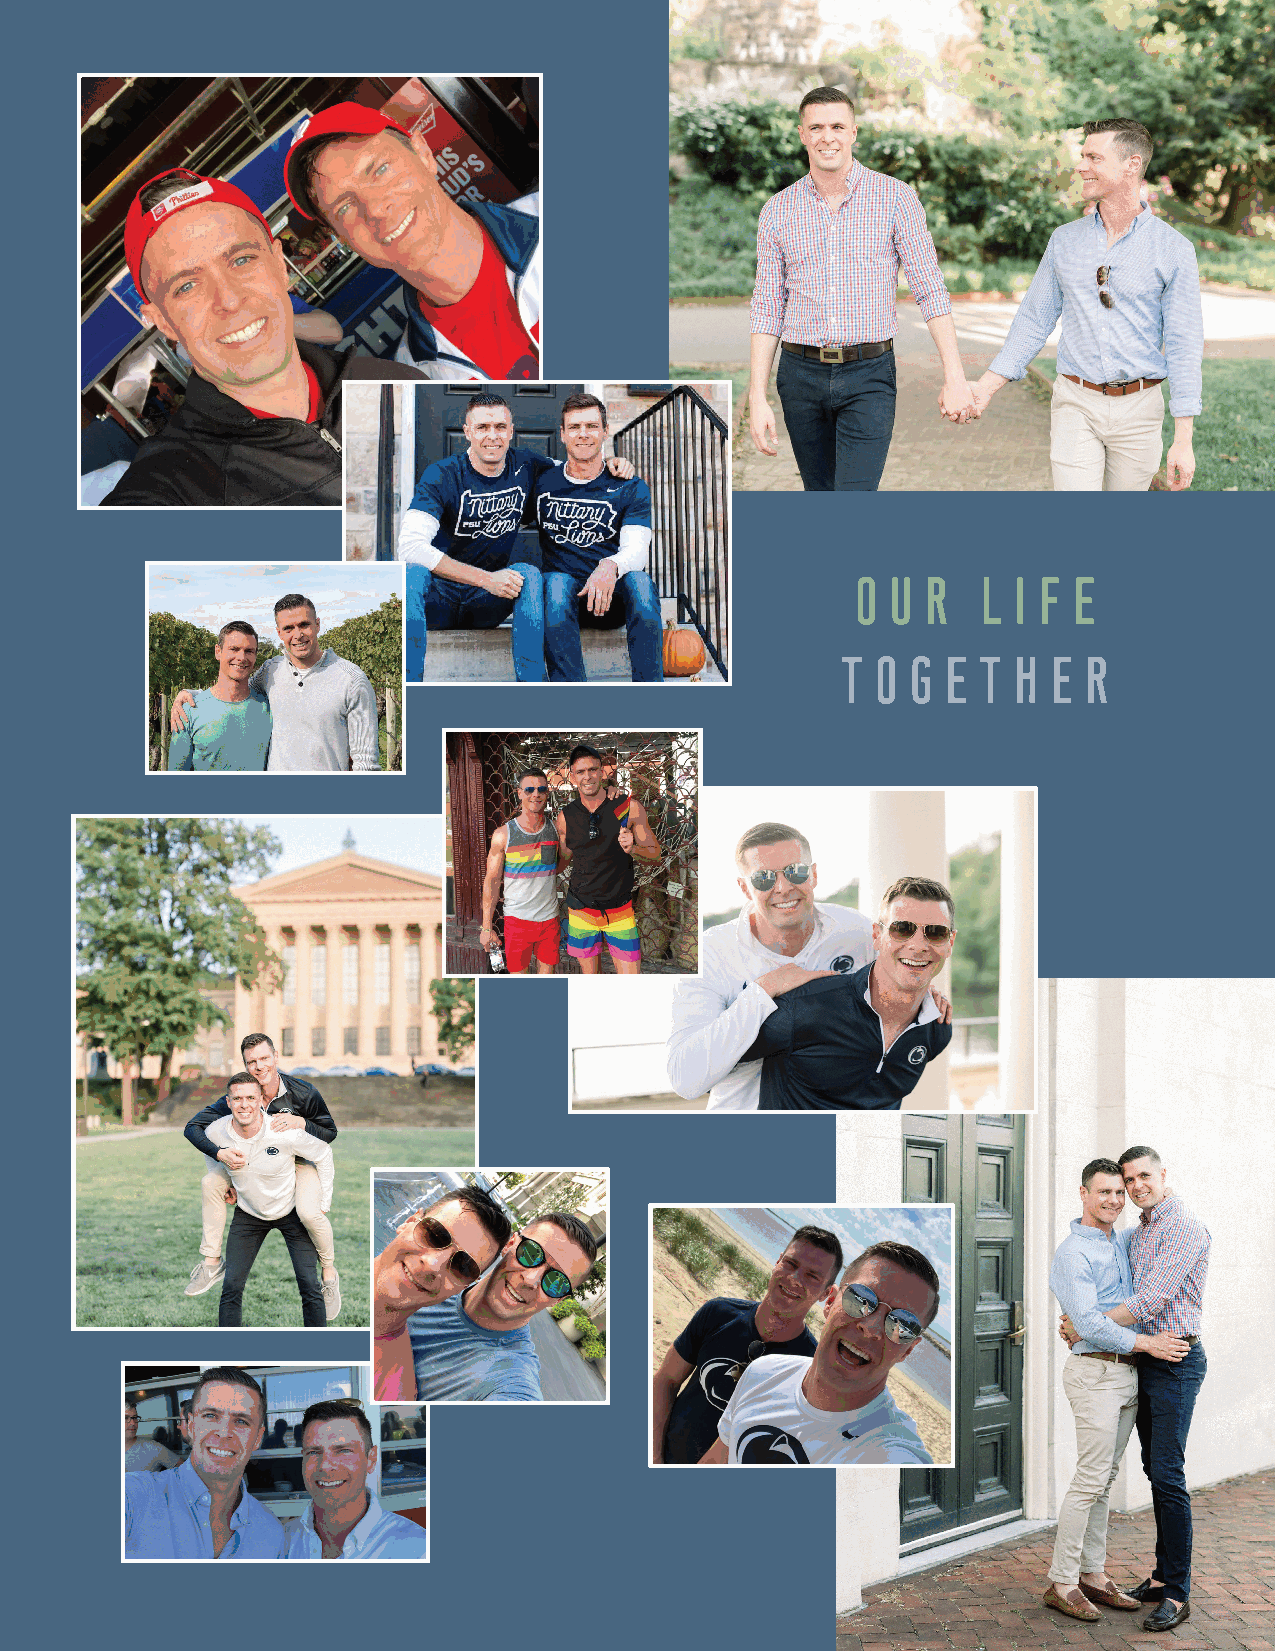
O  U R   L I F E
 T  O G E  T H E  R